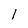
Character: l